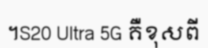
។S20 Ultra 5G គឺខុសពី